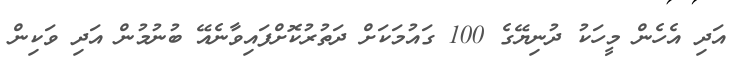
އަދި އެހެން މީހަކު ދުނިޔޭގެ 100 ގައުމަކަށް ދަތުރުކޮށްފައިވާނެއޭ ބުނުމުން އަދި ވަކިން